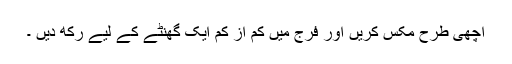
اچھی طرح مکس کریں اور فرج میں کم از کم ایک گھنٹے کے لیے رکھ دیں ۔